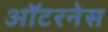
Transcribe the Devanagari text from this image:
ऑटरनेस